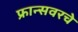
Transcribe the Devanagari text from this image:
फ्रान्सवरचे